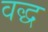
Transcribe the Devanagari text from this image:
वद्ध